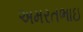
અમરતભાઇ